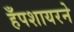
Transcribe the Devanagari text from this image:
हँपशायरने